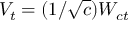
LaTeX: V _ { t } = ( 1 / { \sqrt { c } } ) W _ { c t }